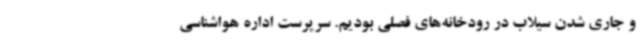
و جاری شدن سیلاب در رودخانه‌های فصلی بودیم. سرپرست اداره هواشناسی